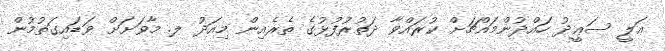
ޢަލީ ސަޢީދު ހައްދުންމައްޗަށް ކުރައްވާ ދަތުރުފުޅުގެ ތެރެއިން މިއަދު ލ. މާވަށަށް ވަޑައިގަތުމުން